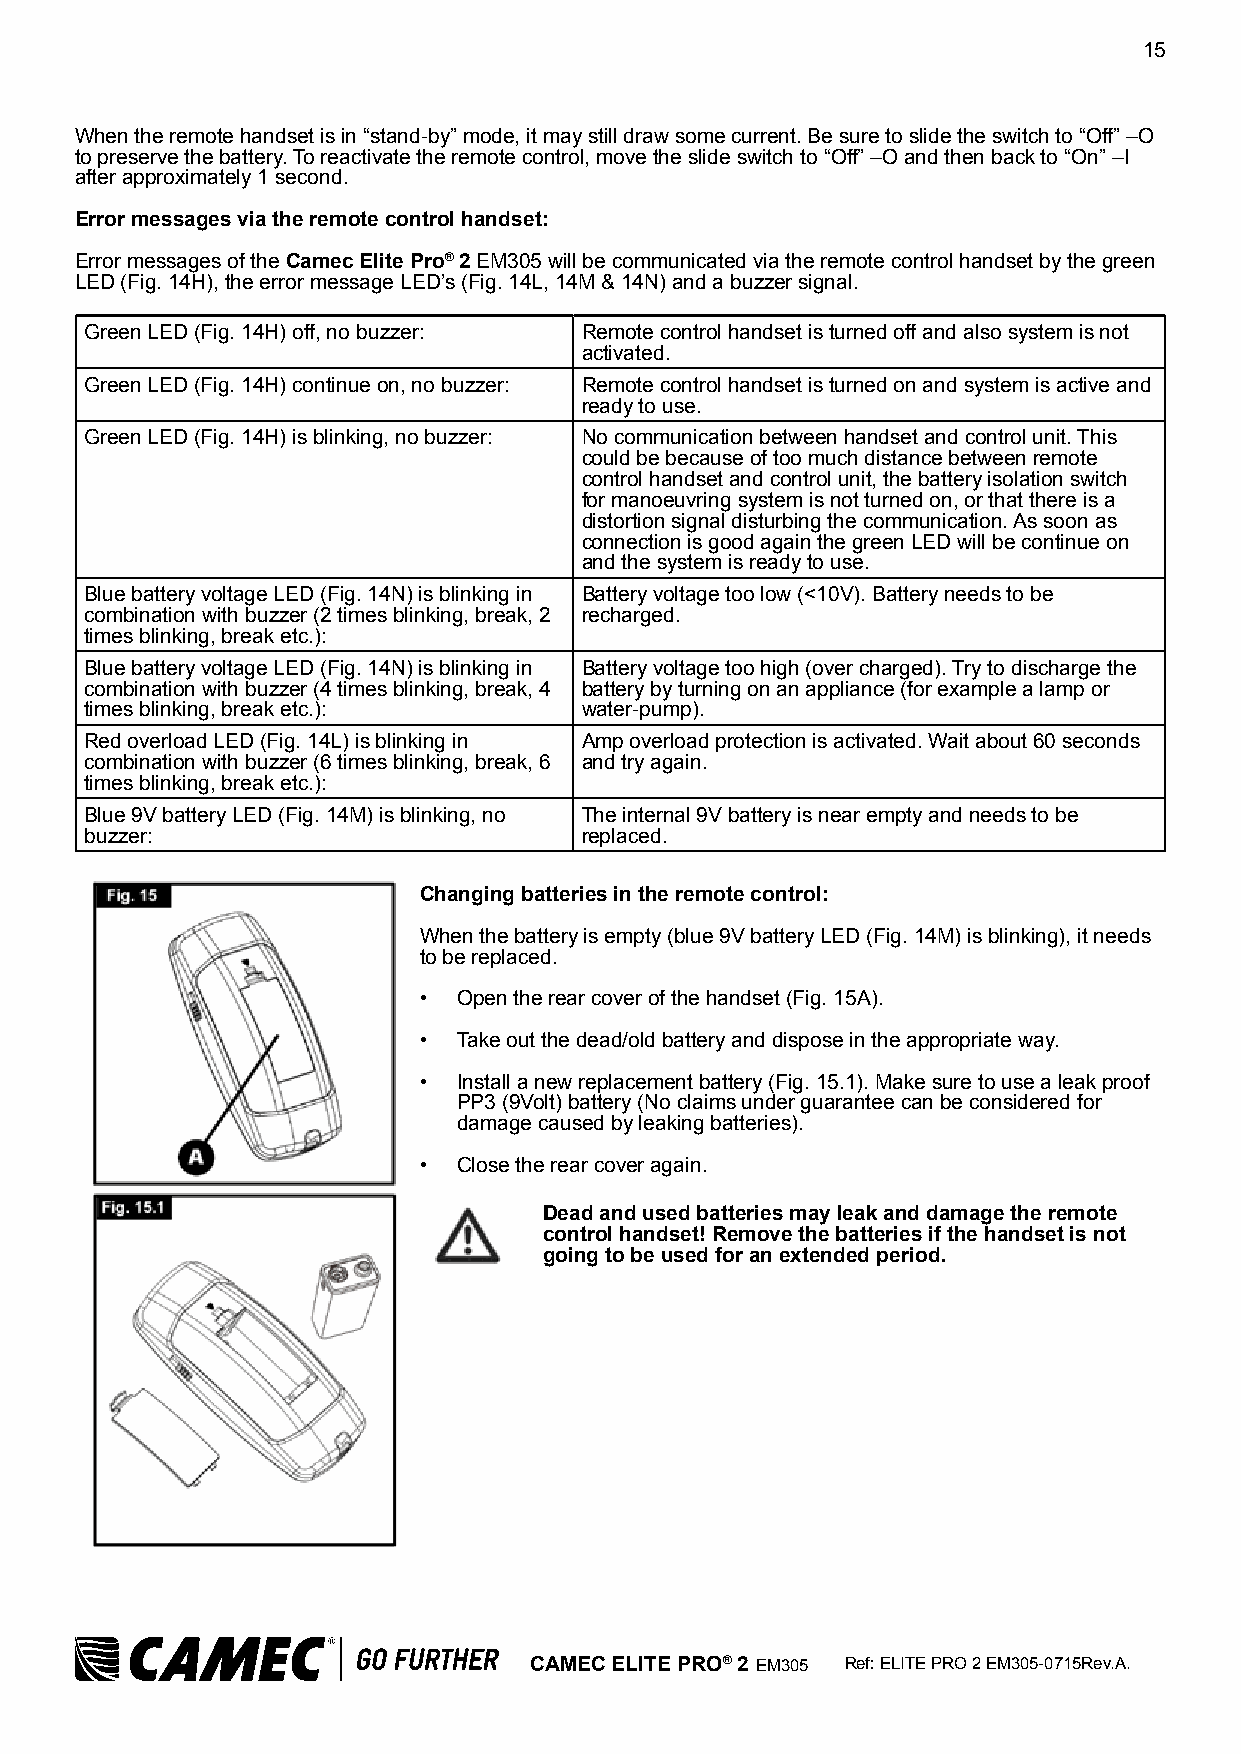
15
 When the remote handset is in “stand-by” mode, it may still draw some current. Be sure to slide the switch to “Off” –O
 to preserve the battery. To reactivate the remote control, move the slide switch to “Off” –O and then back to “On” –I
 after approximately 1 second.
 Error messages via the remote control handset:
 Error messages of the Camec Elite Pro® 2 EM305 will be communicated via the remote control handset by the green
 LED (Fig. 14H), the error message LED’s (Fig. 14L, 14M & 14N) and a buzzer signal.
 Green LED (Fig. 14H) off, no buzzer: Remote control handset is turned off and also system is not
 activated.
 Green LED (Fig. 14H) continue on, no buzzer: Remote control handset is turned on and system is active and
 ready to use.
 Green LED (Fig. 14H) is blinking, no buzzer: No communication between handset and control unit. This
 could be because of too much distance between remote
 control handset and control unit, the battery isolation switch
 for manoeuvring system is not turned on, or that there is a
 distortion signal disturbing the communication. As soon as
 connection is good again the green LED will be continue on
 and the system is ready to use.
 Blue battery voltage LED (Fig. 14N) is blinking in Battery voltage too low (<10V). Battery needs to be
 combination with buzzer (2 times blinking, break, 2 recharged.
 times blinking, break etc.):
 Blue battery voltage LED (Fig. 14N) is blinking in Battery voltage too high (over charged). Try to discharge the
 combination with buzzer (4 times blinking, break, 4 battery by turning on an appliance (for example a lamp or
 times blinking, break etc.):    water-pump).
 Red overload LED (Fig. 14L) is blinking in Amp overload protection is activated. Wait about 60 seconds
 combination with buzzer (6 times blinking, break, 6 and try again.
 times blinking, break etc.):
 Blue 9V battery LED (Fig. 14M) is blinking, no The internal 9V battery is near empty and needs to be
 buzzer:                         replaced.
 Changing batteries in the remote control:
 When the battery is empty (blue 9V battery LED (Fig. 14M) is blinking), it needs
 to be replaced.
 • Open the rear cover of the handset (Fig. 15A).
 • Take out the dead/old battery and dispose in the appropriate way.
 • Install a new replacement battery (Fig. 15.1). Make sure to use a leak proof
 PP3 (9Volt) battery (No claims under guarantee can be considered for
 damage caused by leaking batteries).
 • Close the rear cover again.
 Dead and used batteries may leak and damage the remote
 control handset! Remove the batteries if the handset is not
 going to be used for an extended period.
 CAMEC ELITE PRO® 2 EM305 Ref: ELITE PRO 2 EM305-0715Rev.A.